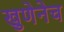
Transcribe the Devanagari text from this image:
खुणेनेच